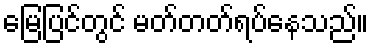
မြေပြင်တွင် မတ်တတ်ရပ်နေသည်။